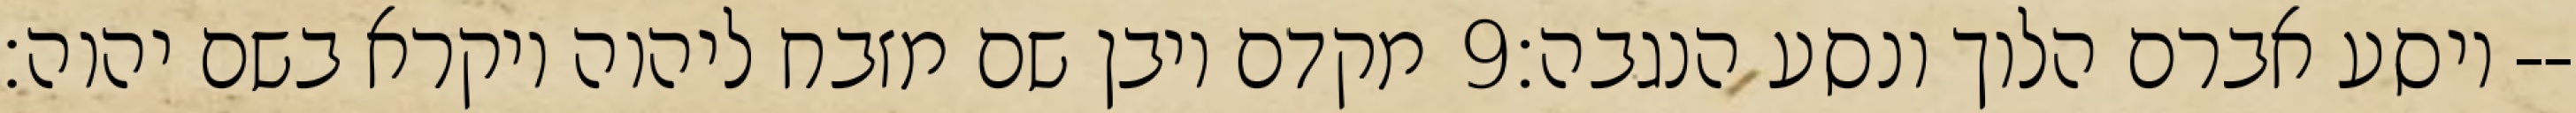
מקדם ויבן שם מזבח ליהוה ויקרא בשם יהוה׃ ‎9‏ ויסע אברם הלוך ונסע הנגבה׃--